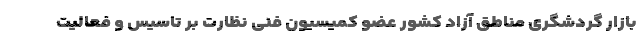
بازار گردشگری مناطق آزاد کشور عضو کمیسیون فنی نظارت بر تاسیس و فعالیت